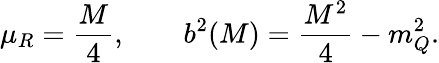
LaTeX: \mu_{R}=\frac{M}{4},\qquad b^{2}(M)=\frac{M^{2}}{4}-m_{Q}^{2}.